Annual returns of the Patna Lunatic Asylum at Bankipore in Bihar and Orissa - 1912-1924
Year: 1912
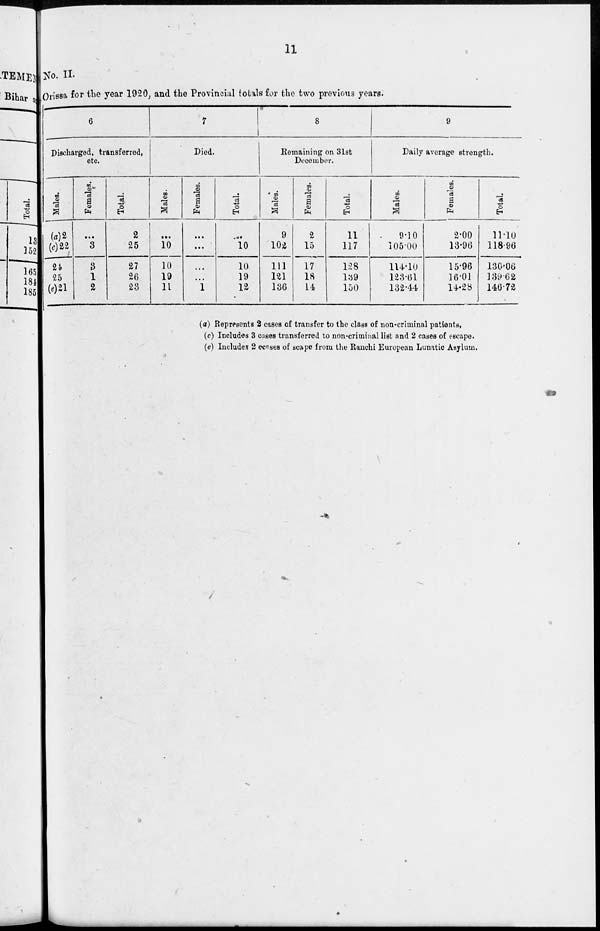
11
No. II.
Orissa for the year 1920, and the Provincial totals for the two previous years.
6
Discharged, transferred,
etc.
Males.
(a)2
(c)22
24
25
(e)21
Females.
...
3
3
1
2
Total.
2
25
27
26
23
7
Died.
Males.
...
10
10
19
11
Females.
...
...
...
...
1
Total.
...
10
10
19
12
8
Remaining on 31st
December.
Males.
9
102
111
121
136
Females.
2
15
17
18
14
Total.
11
117
128
139
150
9
Daily average strength.
Males.
9.10
105.00
114.10
123.61
132.44
Females.
2.00
13.96
15.96
16.01
14.28
Total.
11.10
118.96
130.06
139.62
146.72
(a) Represents 2 cases of transfer to the class of non-criminal patients,
(c) Includes 3 cases transferred to non-criminal list and 2 cases of escape.
(e) Includes 2 cases of scape from the Ranchi European Lunatic Asylum.